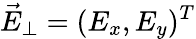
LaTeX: \vec{E}_{\perp}=(E_{x},E_{y})^{T}